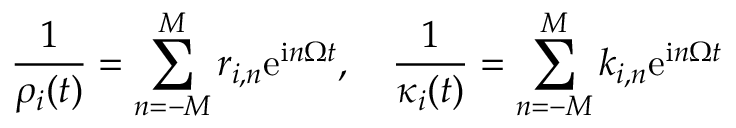
\frac { 1 } { \rho _ { i } ( t ) } = \sum _ { n = - M } ^ { M } r _ { i , n } \mathrm { e } ^ { \mathrm { i } n \Omega t } , \quad \frac { 1 } { \kappa _ { i } ( t ) } = \sum _ { n = - M } ^ { M } k _ { i , n } \mathrm { e } ^ { \mathrm { i } n \Omega t }